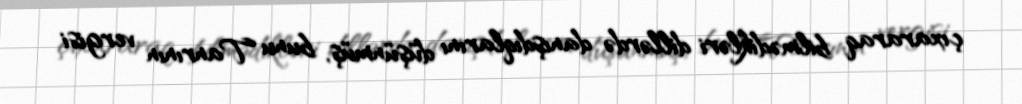
çıxararaq bilmədikləri dillərdə danışdıqlarını düşünmüş, bunu Tanrının vergisi